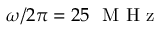
\omega / 2 \pi = 2 5 ~ \mathrm { ~ M ~ H ~ z ~ }